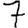
Digit: 7